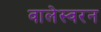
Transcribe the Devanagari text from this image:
वालेस्वरन